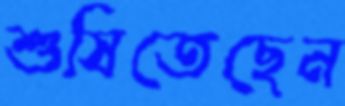
শুষিতেছেন